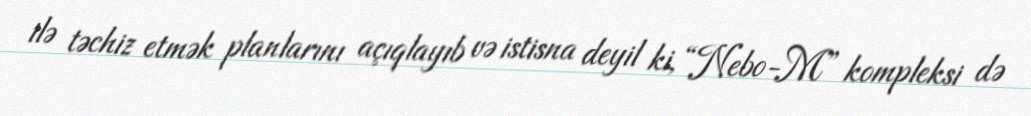
ilə təchiz etmək planlarını açıqlayıb və istisna deyil ki, “Nebo-M” kompleksi də